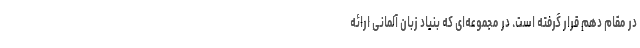
در مقام دهم قرار گرفته است. در مجموعه‌ای که بنیاد زبان آلمانی ارائه